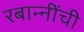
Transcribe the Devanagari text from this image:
रबान्नींची